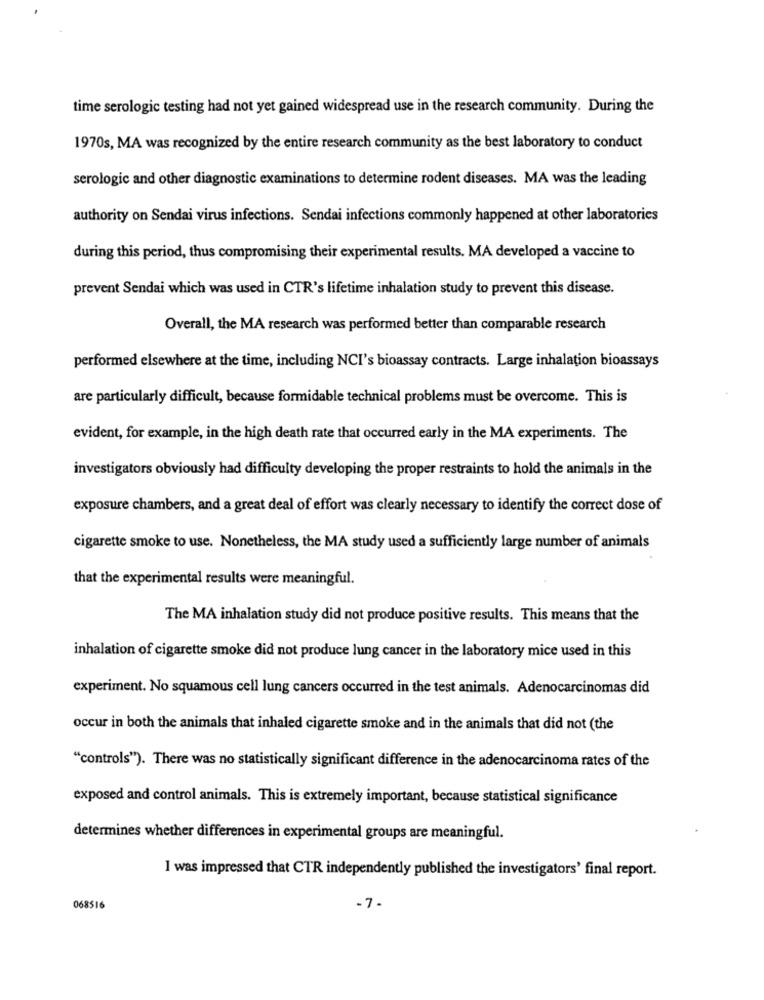
time serologic testing had not yet gained widespread use in the research community. During the
1970s, MA was recognized by the entire research community as the best laboratory to conduct
serologic and other diagnostic examinations to determine rodent diseases. MA was the leading
authority on Sendai virus infections. Sendai infections commonly happened at other laboratories
during this period, thus compromising their experimental results. MA developed a vaccine to
prevent Sendai which was used in CTR's lifetime inhalation study to prevent this disease.
Overall, the MA research was performed better than comparable research
performed elsewhere at the time, including NCI's bioassay contracts. Large inhalation bioassays
are particularly difficult, because formidable technical problems must be overcome. This is
evident, for example, in the high death rate that occurred early in the MA experiments. The
investigators obviously had difficulty developing the proper restraints to hold the animals in the
exposure chambers, and a great deal of effort was clearly necessary to identify the correct dose of
cigarette smoke to use. Nonetheless, the MA study used a sufficiently large number of animals
that the experimental results were meaningful.
The MA inhalation study did not produce positive results. This means that the
inhalation of cigarette smoke did not produce lung cancer in the laboratory mice used in this
experiment. No squamous cell lung cancers occurred in the test animals. Adenocarcinomas did
occur in both the animals that inhaled cigarette smoke and in the animals that did not (the
"controls"). There was no statistically significant difference in the adenocarcinoma rates of the
exposed and control animals. This is extremely important, because statistical significance
determines whether differences in experimental groups are meaningful.
I was impressed that CTR independently published the investigators' final report.
068516
-7.